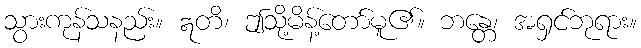
သွားကုန်သနည်း။ ဣတိ၊ ဤသို့မိန့်တော်မူ၏။ ဘန္တေ၊ အရှင်ဘုရား။